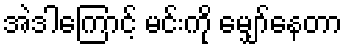
အဲဒါကြောင့် မင်းကို မျှော်နေတာ